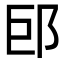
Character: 䢹